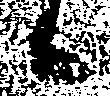
候